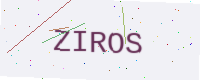
Text: ZIROS